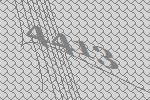
4413